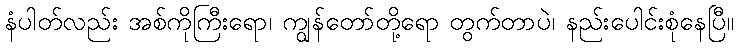
နံပါတ်လည်း အစ်ကိုကြီးရော၊ ကျွန်တော်တို့ရော တွက်တာပဲ၊ နည်းပေါင်းစုံနေပြီ။